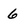
Character: 6